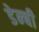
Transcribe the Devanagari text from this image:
डेन्‍बी